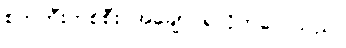
စက်ဘီးတစ်စီး အချောင်ရလိုက်လေသည်။